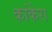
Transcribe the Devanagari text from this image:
कांकेरा